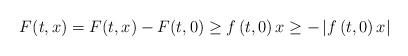
LaTeX: \begin{align*}F(t,x)=F(t,x)-F(t,0)\geq f\left( t,0\right) x\geq -\left\vert f\left(t,0\right) x\right\vert \end{align*}